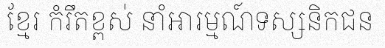
ខ្មែរ កំរឹតខ្ពស់ នាំអារម្មណ៍ទស្សនិកជន